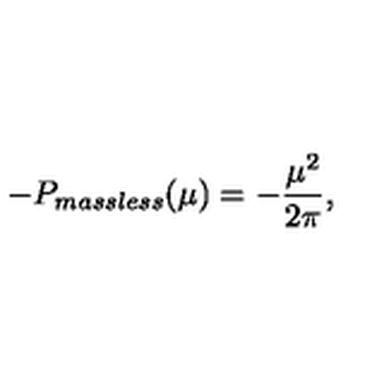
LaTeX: - P _ { m a s s l e s s } ( \mu ) = - \frac { \mu ^ { 2 } } { 2 \pi } ,